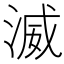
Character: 𣸵